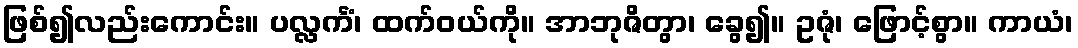
ဖြစ်၍လည်းကောင်း။ ပလ္လင်္ကံ၊ ထက်ဝယ်ကို။ အာဘုဇိတွာ၊ ခွေ၍။ ဥဇုံ၊ ဖြောင့်စွာ။ ကာယံ၊